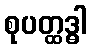
စုပတ္ထဒ္ဓါ